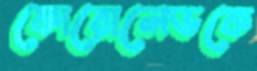
কোরোলেভকে